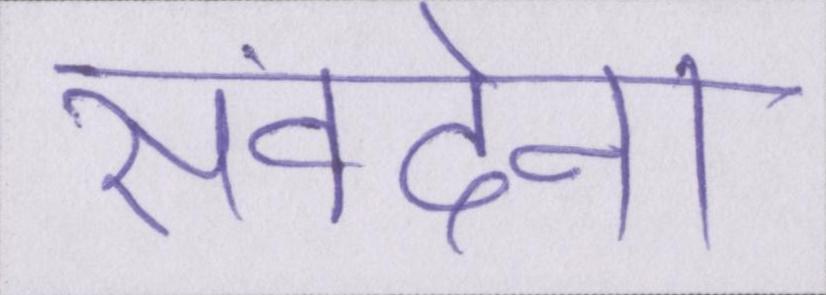
संवदेना